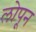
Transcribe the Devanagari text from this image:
लोपून